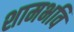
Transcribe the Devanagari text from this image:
शामभवि